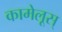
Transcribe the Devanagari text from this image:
कामेलूस्